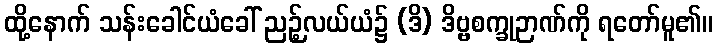
ထို့နောက် သန်းခေါင်ယံခေါ် ညဉ့်လယ်ယံ၌ (ဒိ) ဒိဗ္ဗစက္ခုဉာဏ်ကို ရတော်မူ၏။